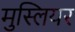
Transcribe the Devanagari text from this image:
मुस्लियर